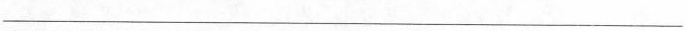
___